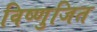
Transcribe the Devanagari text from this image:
विष्णुजित